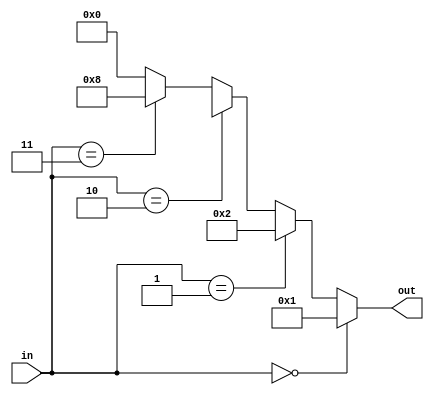
`timescale 1ns/10ps
module dec(out,in);
input [1:0]in;
output [3:0]out;

assign out = (in==2'b00)?4'b00_01:
			 (in==2'b01)?4'b00_10:
			 (in==2'b10)?4'bx:			  
			 (in==2'b11)?4'b1000:4'b00_00;
endmodule

module tb_dec();
wire [3:0]out;
reg [1:0]in;

dec dec1(out,in);

initial #00 in=2'b00;
initial #20 in=2'b10;
initial #40 in=2'b11;

initial $monitor("t=%3d, out=%4b, in=%2b",$time,out,in);
initial #250 $stop;

endmodule